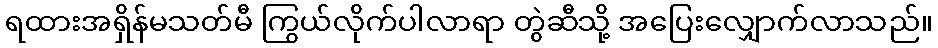
ရထားအရှိန်မသတ်မီ ကြွယ်လိုက်ပါလာရာ တွဲဆီသို့ အပြေးလျှောက်လာသည်။